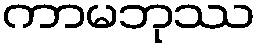
ကာမဘုဿ